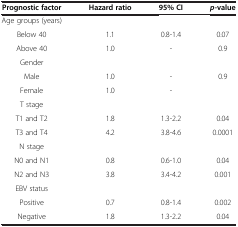
<table><thead><tr><td><b>Prognostic factor</b></td><td><b>Hazard ratio</b></td><td><b>95% CI</b></td><td><b><i>p-</i>value</b></td></tr></thead><tbody><tr><td>Age groups (years)</td><td> </td><td> </td><td> </td></tr><tr><td>Below 40</td><td>1.1</td><td>0.8-1.4</td><td>0.07</td></tr><tr><td>Above 40</td><td>1.0</td><td>-</td><td>0.9</td></tr><tr><td>Gender</td><td> </td><td> </td><td> </td></tr><tr><td>Male</td><td>1.0</td><td>-</td><td>0.9</td></tr><tr><td>Female</td><td>1.0</td><td>-</td><td> </td></tr><tr><td>T stage</td><td> </td><td> </td><td> </td></tr><tr><td>T1 and T2</td><td>1.8</td><td>1.3-2.2</td><td>0.04</td></tr><tr><td>T3 and T4</td><td>4.2</td><td>3.8-4.6</td><td>0.0001</td></tr><tr><td>N stage</td><td> </td><td> </td><td> </td></tr><tr><td>N0 and N1</td><td>0.8</td><td>0.6-1.0</td><td>0.04</td></tr><tr><td>N2 and N3</td><td>3.8</td><td>3.4-4.2</td><td>0.001</td></tr><tr><td>EBV status</td><td> </td><td> </td><td> </td></tr><tr><td>Positive</td><td>0.7</td><td>0.8-1.4</td><td>0.002</td></tr><tr><td>Negative</td><td>1.8</td><td>1.3-2.2</td><td>0.04</td></tr></tbody></table>